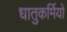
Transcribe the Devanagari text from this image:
धातुकर्मियों